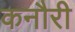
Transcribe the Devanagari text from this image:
कनौरी